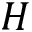
H